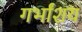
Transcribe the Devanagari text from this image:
गर्भांशय